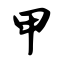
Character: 甲